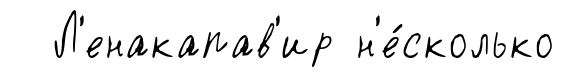
Л'енакапав'ир н'е́сколько